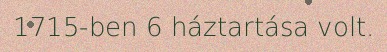
1715-ben 6 háztartása volt.